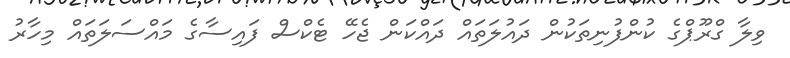
ވިލާ ގްރޫޕްގެ ކުންފުނިތަކުން ދައުލަތައް ދައްކަން ޖެހޭ ޓެކްސް ފައިސާގެ މައްސަލަތައް މިހާރު